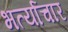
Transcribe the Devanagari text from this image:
भर्त्याचार